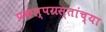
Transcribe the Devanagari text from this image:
प्रकल्पग्रस्तांच्या